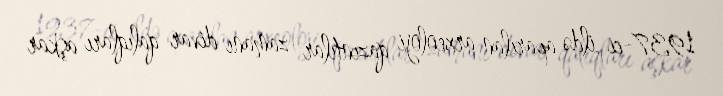
1937-ci ildə aparılan arxeoloji qazıntılar zamanı divar qalıqları aşkar